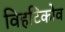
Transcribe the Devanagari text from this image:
विहटिकोव